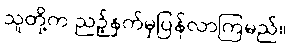
သူတို့က ညဉ့်နက်မှပြန်လာကြမည်။